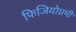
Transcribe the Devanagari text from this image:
फिजियोग्नमी